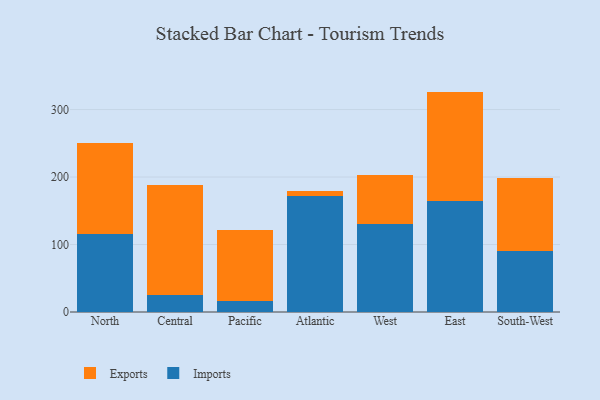
{"axis": {"x": "Region", "y": "Energy Usage (MWh)"}, "legend": ["Exports", "Imports"], "data": [{"x": "North", "y": 115.7, "type": "Imports"}, {"x": "North", "y": 134.3, "type": "Exports"}, {"x": "Central", "y": 25.0, "type": "Imports"}, {"x": "Central", "y": 162.6, "type": "Exports"}, {"x": "Pacific", "y": 15.9, "type": "Imports"}, {"x": "Pacific", "y": 105.2, "type": "Exports"}, {"x": "Atlantic", "y": 171.5, "type": "Imports"}, {"x": "Atlantic", "y": 8.5, "type": "Exports"}, {"x": "West", "y": 129.9, "type": "Imports"}, {"x": "West", "y": 73.0, "type": "Exports"}, {"x": "East", "y": 165.1, "type": "Imports"}, {"x": "East", "y": 161.5, "type": "Exports"}, {"x": "South-West", "y": 90.9, "type": "Imports"}, {"x": "South-West", "y": 108.3, "type": "Exports"}]}